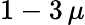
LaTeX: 1-3\, \mu